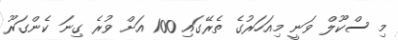
މި ސްކޫލް ވަނީ މިއަހަރުގެ ތެރޭގައި 100 އަށް ވުރެ ގިނަ ކެންގަރޫ